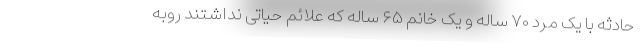
حادثه با یک مرد ۷۰ ساله و یک خانم ۶۵ ساله که علائم حیاتی نداشتند روبه